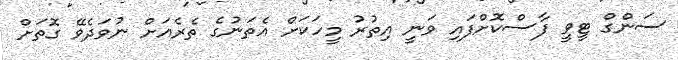
ސަންގް ޓީވީ ފާސްކޮށްފައި ވަނީ އިތުރު މީހަކަށް އެތަނުގެ ތެރެއަށް ނުވަދެވޭ ގޮތަށް